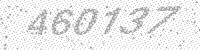
Solution: 460137